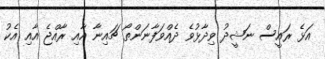
އަޅެ ރައީސް ނަޝީދު ވިދާޅުވެ ދެއްވަފާނަންތޯ ޗައިނާ އާއި ރާއްޖެ އާއި އެކު